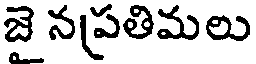
జె నప్రతిమలు